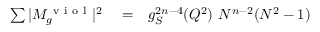
\begin{array} { r l r } { \sum \vert M _ { g } ^ { \mathrm { ~ v ~ i ~ o ~ l ~ } } \vert ^ { 2 } } & { { } = } & { g _ { S } ^ { 2 n - 4 } ( Q ^ { 2 } ) ~ N ^ { n - 2 } ( N ^ { 2 } - 1 ) } \end{array}